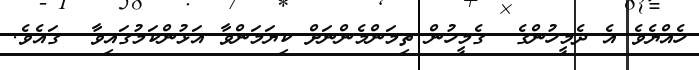
ހެއްޔެވެ އެ ދެމީހުންގެ  ގެމީހުން ތިމަންމެންނަށް ކިޔަމަންވާ އަޅުންކަމުގައިވާ  ގައެވެ.